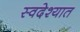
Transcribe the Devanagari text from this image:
स्वदेश्यात